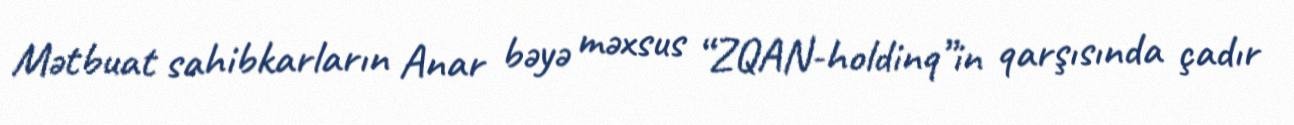
Mətbuat sahibkarların Anar bəyə məxsus “ZQAN-holdinq”in qarşısında çadır